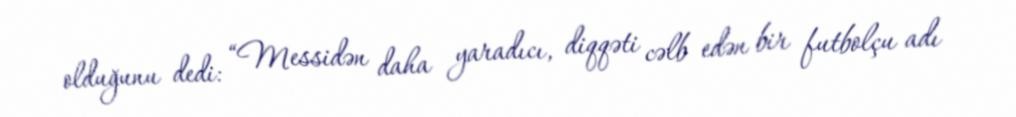
olduğunu dedi: “Messidən daha yaradıcı, diqqəti cəlb edən bir futbolçu adı